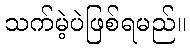
သက်မဲ့ပဲဖြစ်ရမည်။